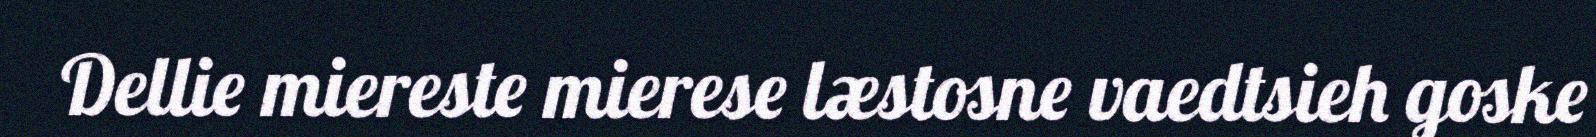
Dellie miereste mierese læstosne vaedtsieh goske